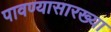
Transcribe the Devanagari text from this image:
पावण्यासारख्या